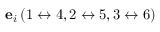
{ \bf e } _ { i } \, ( 1 \leftrightarrow 4 , 2 \leftrightarrow 5 , 3 \leftrightarrow 6 )